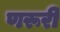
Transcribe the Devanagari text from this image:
णरूरी